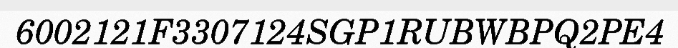
6002121F3307124SGP1RUBWBPQ2PE4